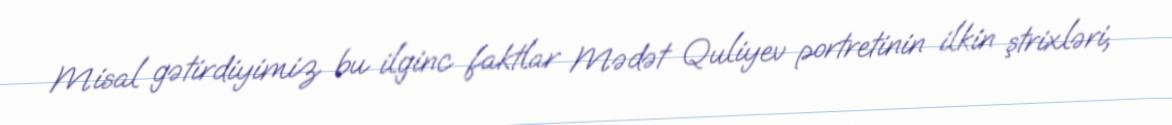
Misal gətirdiyimiz bu ilginc faktlar Mədət Quliyev portretinin ilkin ştrixləri,